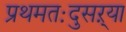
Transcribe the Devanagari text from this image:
प्रथमतःदुसऱ्या